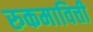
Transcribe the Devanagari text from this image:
रुकमावित्ती